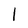
Character: 1